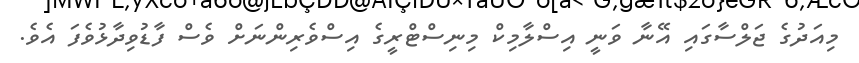
މިއަދުގެ ޖަލްސާގައި އޭނާ ވަނީ އިސްލާމިކް މިނިސްޓްރީގެ އިސްވެރިންނަށް ވެސް ފާޑުވިދާޅުވެފަ އެވެ.